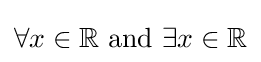
\forall x\in \mathbb {R} {\text{ and }}\exists x\in \mathbb {R}